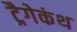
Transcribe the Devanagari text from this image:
ट्रैगेकंथ